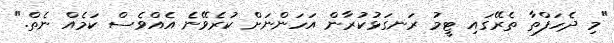
"މި ދެހަފްތާ ތެރޭގައި ޓީމު ރަނގަޅުކުރާން އަހަންނަށް ކުރެވޭނެ އެއްވެސް ކަމެއް ނެތް."